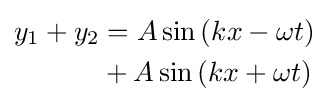
{\begin{aligned}y_{1}+y_{2}&=A\sin \left(kx-\omega t\right)\\&+A\sin \left(kx+\omega t\right)\end{aligned}}\,\!